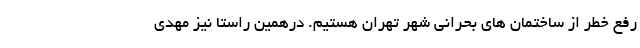
رفع خطر از ساختمان های بحرانی شهر تهران هستیم. درهمین راستا نیز مهدی